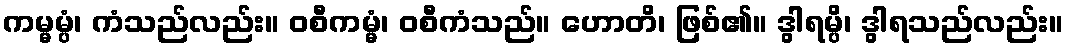
ကမ္မမ္ပံ၊ ကံသည်လည်း။ ဝစီကမ္မံ၊ ဝစီကံသည်။ ဟောတိ၊ ဖြစ်၏။ ဒွါရမ္ပိ၊ ဒွါရသည်လည်း။